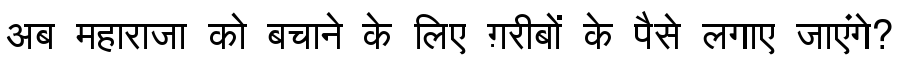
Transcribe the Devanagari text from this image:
अब महाराजा को बचाने के लिए ग़रीबों के पैसे लगाए जाएंगे?